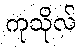
ကုသိုလ်